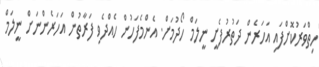
ހިތްވަރުކޮށްފައި އަހަރެން ދަތުރުފެށީ ނީލަމް ހޯދުމަށް. އެންމެފަހުން ހެއްދެވި ފަރާތުން އަހަރެންނަށް ނީލަމް